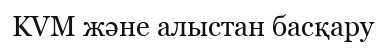
KVM және алыстан басқару